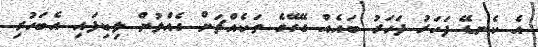
އެ ކެނޑޭ ފަހަރު ފަހަރު ބައެއް ގޭގޭގެ ތަކެއްޗަށް ގެއްލުން ލިބިފައި އެބަހުރި